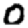
Digit: 0